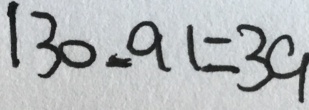
1 3 0 - 9 1 = 3 9